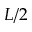
L / 2